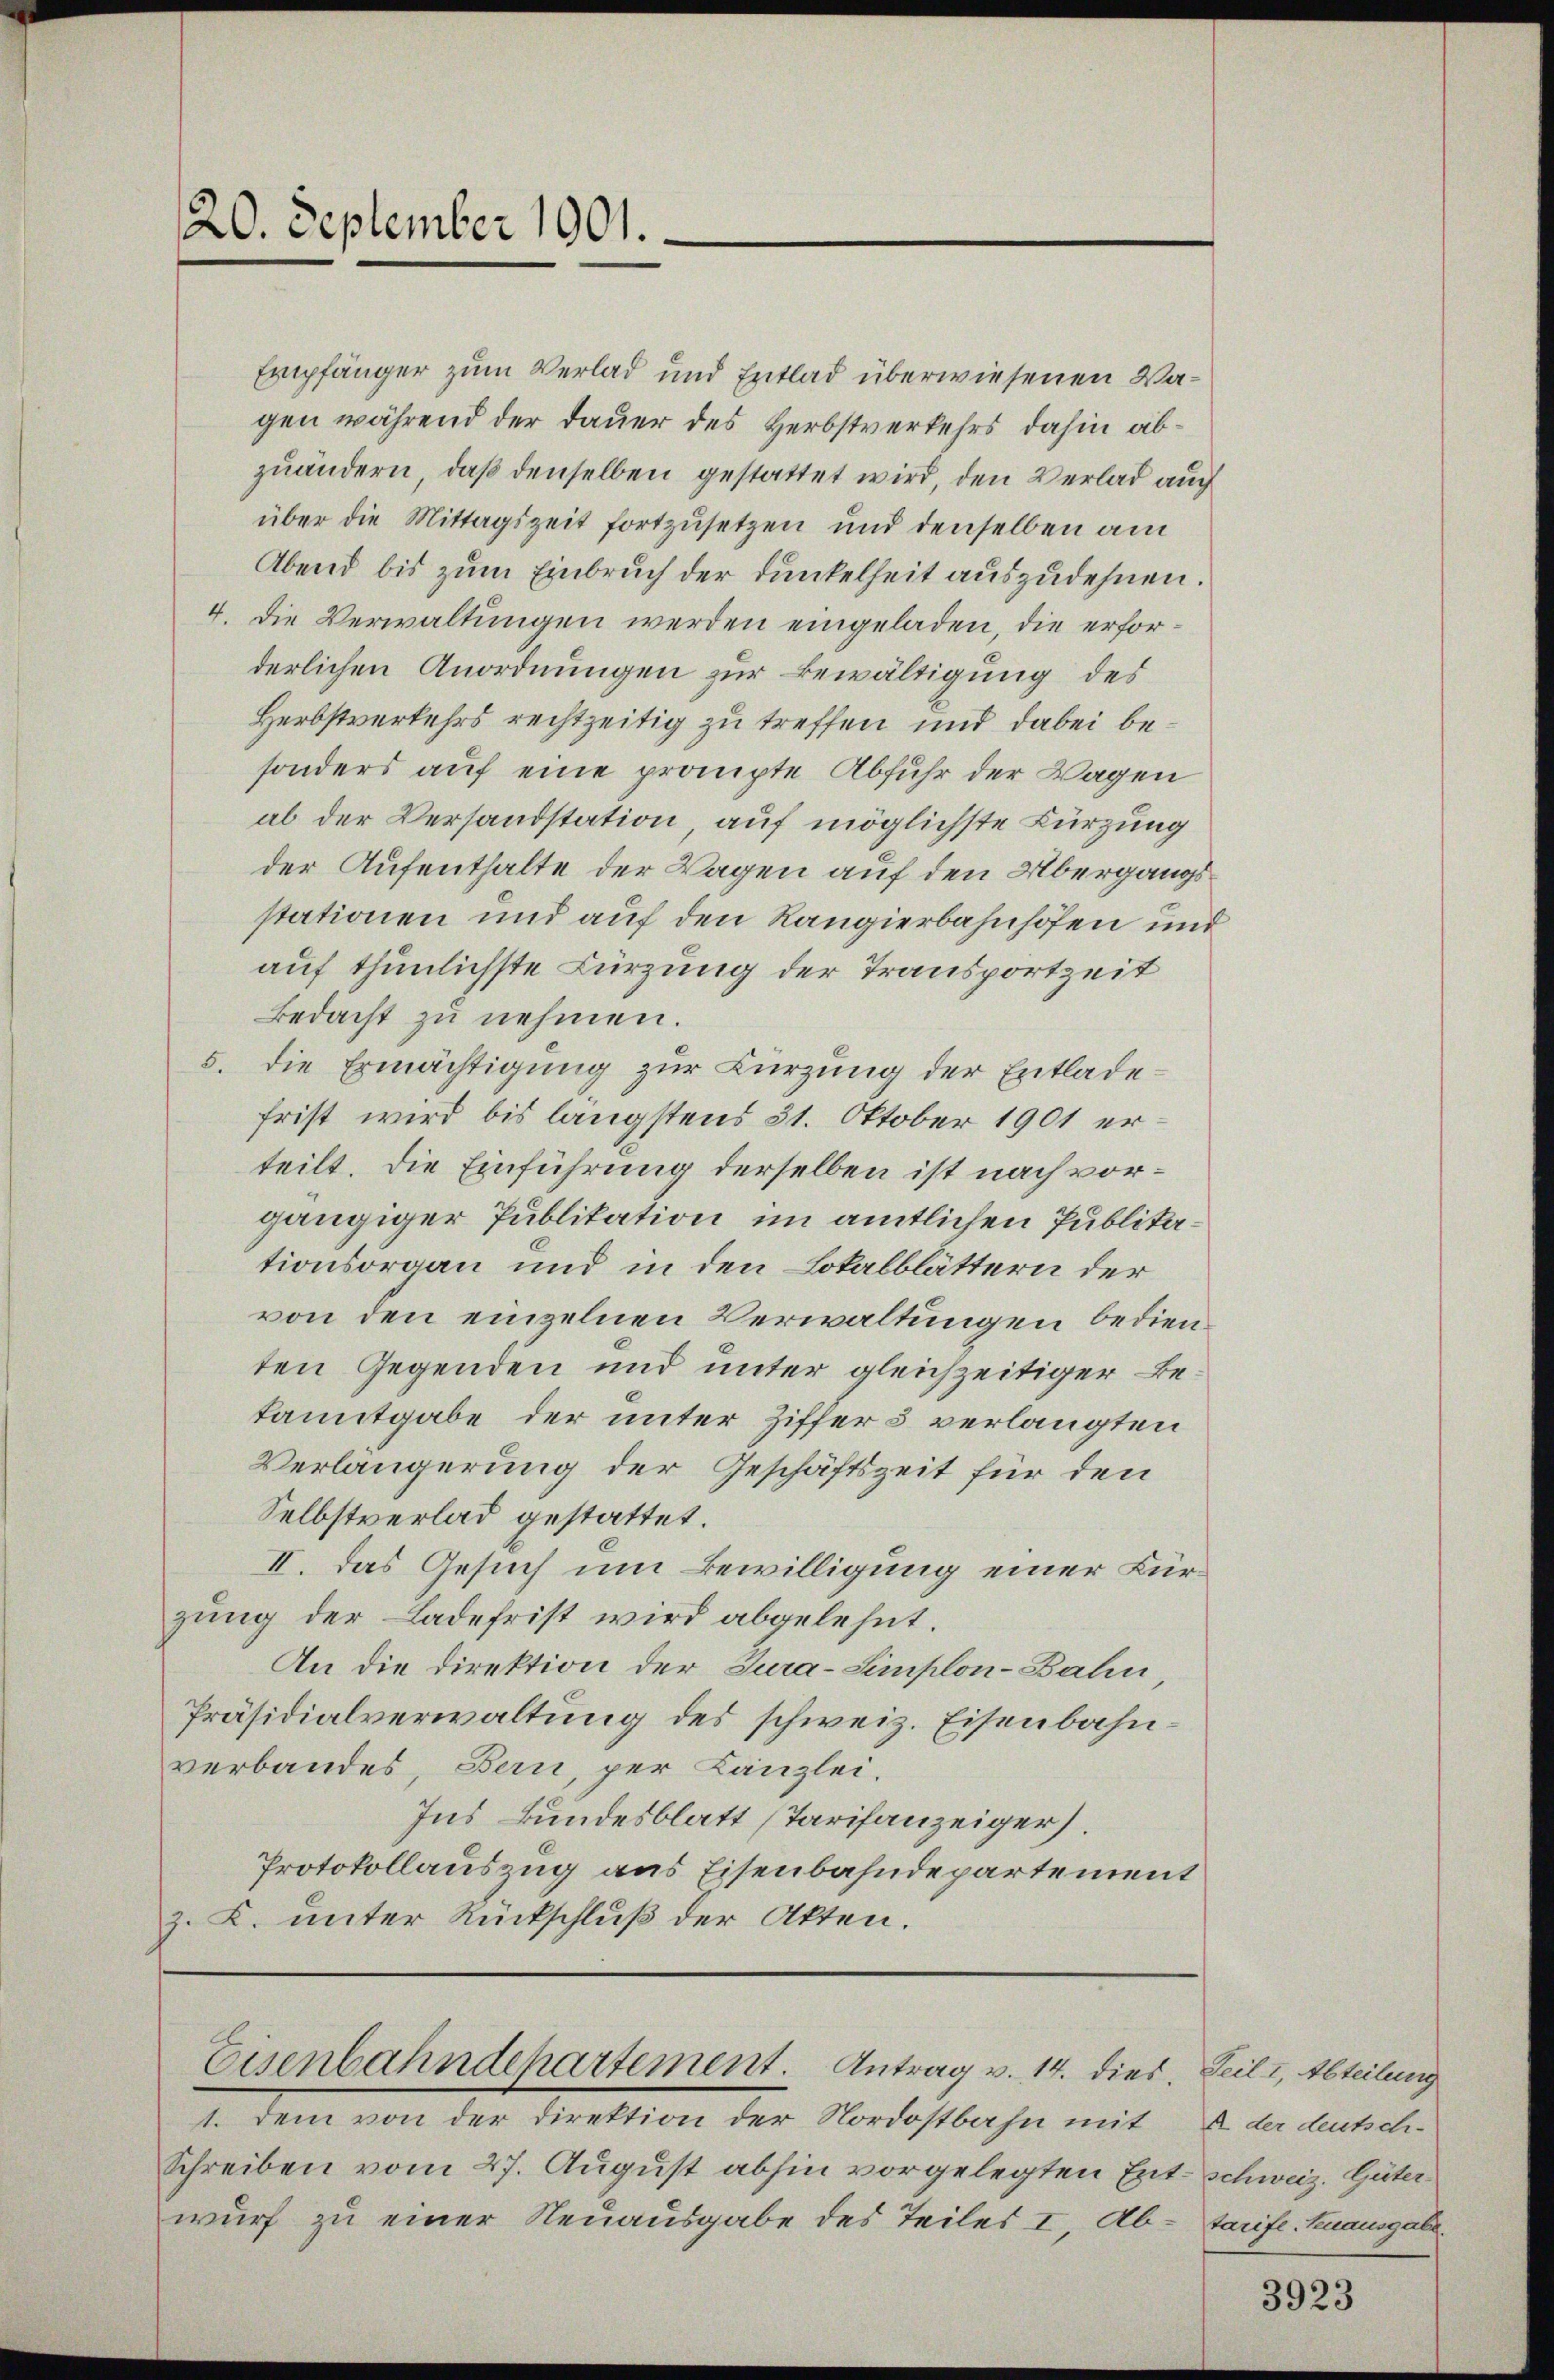
20. September 1001.

Empfänger zum Verlad und Entlad überwiesenen Vagen während der Dauer des Herbstverkehrs dahin abzuändern, daß denselben gestattet wird, den Verlad auch
über die Mittagszeit fortzusetzen und denselben am
Abend bis zum Einbruch der Dunkelheit auszudehnen.
4. Die Verwaltungen werden eingeladen, die erforderlichen Anordnungen zur Bewältigung des
Herbstverkehrs rechtzeitig zu treffen und dabei besonders auf eine prompte Abfuhr der Wagen
al der Versandstation, auf möglichste Kürzung
der Aufenthalte der Wagen auf den Übergangsstationen und auf den Rangierbahnhofen und
auf thunlichste Bürzung der Transportzeit
Bedacht zu nehmen.
5. die Ermächtigung zur Kürzung der Entladefrist wird bis längstens 31. Oktober 1901 erteilt. Die Einführung derselben ist nach vorgängiger Publikation im amtlichen Publikationsorgan und in den Lokalblättern der
von den einzelnen Verwaltungen bedienten Gegenden und unter gleichzeitiger Bekanntgabe der unter Ziffer 5 verlangten
Verlängerung der Geschäftszeit für den
Selbstverlad gestattet.
II. Das Gesuch um Bewilligung einer Bürzung der Ladefrist wird abgelehnt.
An die Direktion der Jura-Simplon-Bahn,
Präsidialverwaltung des schweiz. Eisenbahnverbandes, Bern, per Kanzlei.
Ins Bundesblatt (Tarifanzeiger.
Protokollauszug aus Eisenbahndepartement
z. K. unter Rückschluß der Akten.

Eisenbahndehartement. Antrag v. 14. dies. Teil I, Abteilung

1. Dem von der Direktion der Nordostbahn mit
Schreiben vom 27. August abhin vorgelegten Ent-schweiz. Güterwurf zu einer Neuausgabe des Teiles I, Ab¬

A der deutsch-
tarife. Sinausgabe.

3923